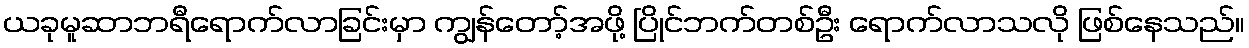
ယခုမူဆာဘရီရောက်လာခြင်းမှာ ကျွန်တော့်အဖို့ ပြိုင်ဘက်တစ်ဦး ရောက်လာသလို ဖြစ်နေသည်။